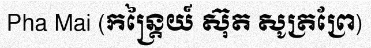
Pha Mai (កន្ត្រៃយ៍ ស៊ុត សូត្រព្រែ)